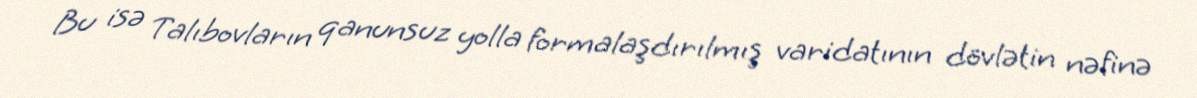
Bu isə Talıbovların qanunsuz yolla formalaşdırılmış varidatının dövlətin nəfinə